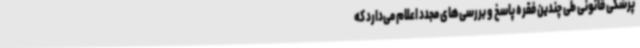
پزشکی قانونی طی چندین فقره پاسخ و بررسی‌های مجدد اعلام می‌دارد که